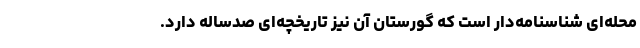
محله‌‌ای شناسنامه‌دار است که گورستان آن نیز تاریخچه‌ای صدساله دارد.